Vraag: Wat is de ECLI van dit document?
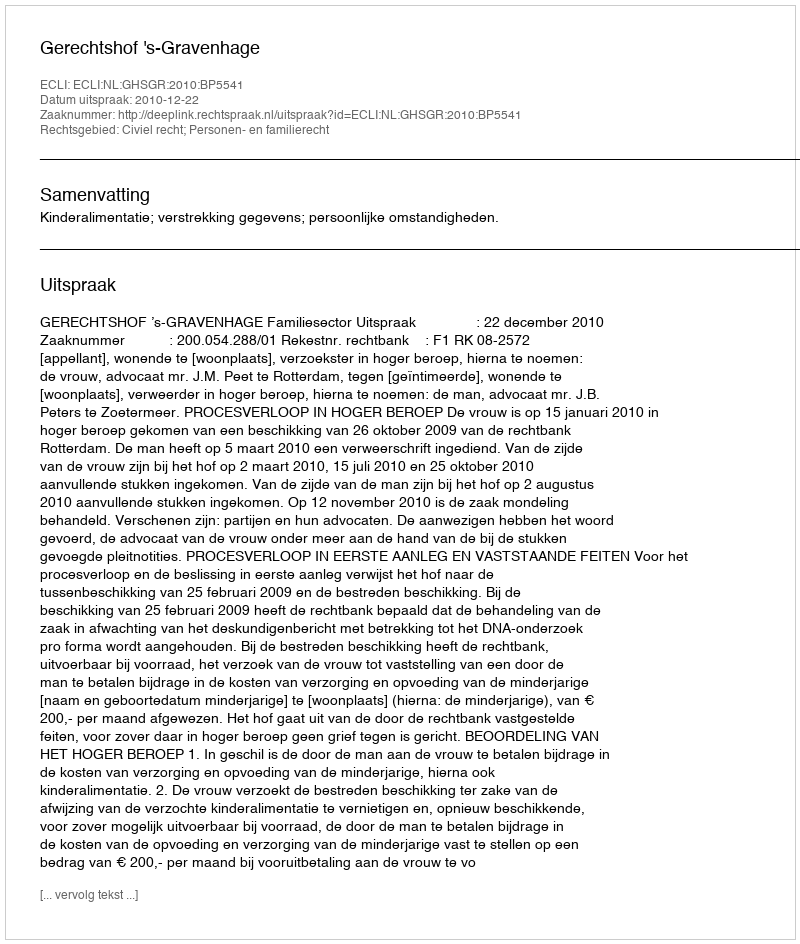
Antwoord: ECLI:NL:GHSGR:2010:BP5541